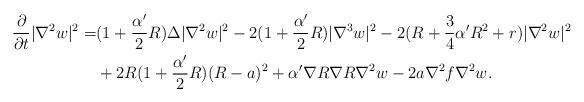
LaTeX: \begin{align*}\frac{\partial}{\partial t}|\nabla^2 w|^2=&(1+\frac{\alpha'}{2}R)\Delta|\nabla^2 w|^2-2(1+\frac{\alpha'}{2}R)|\nabla^3w|^2-2(R+\frac{3}{4}\alpha'R^2+r)|\nabla^2w|^2 \\ &+2R(1+\frac{\alpha'}{2}R)(R-a)^2+\alpha'\nabla R\nabla R\nabla^2w-2a\nabla^2f\nabla^2w.\end{align*}